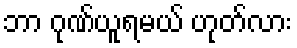
ဘာ ဂုဏ်ယူရမယ် ဟုတ်လား